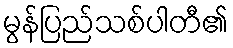
မွန်ပြည်သစ်ပါတီ၏